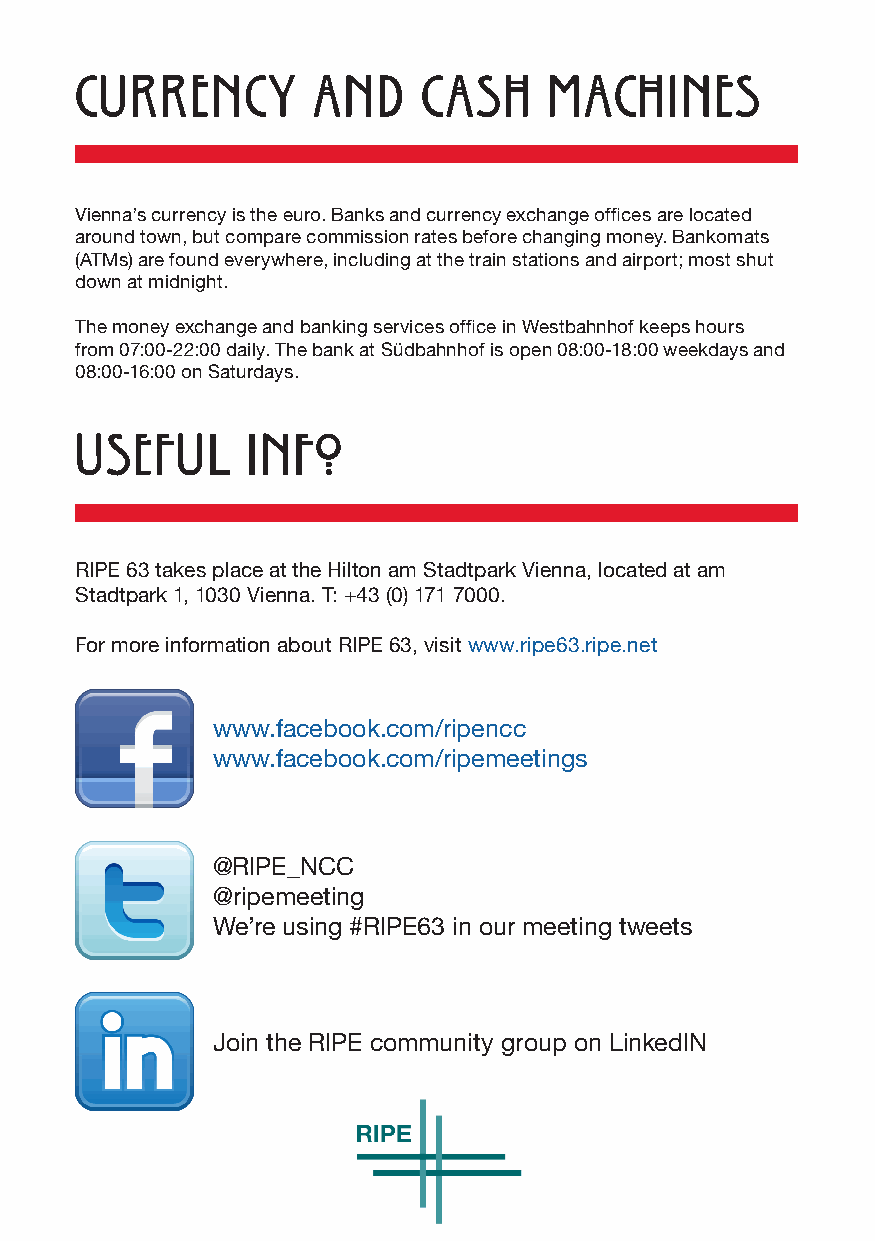
currency        and    cash    machines
 Vienna’s currency is the euro. Banks and currency exchange offices are located
 around town, but compare commission rates before changing money. Bankomats
 (ATMs) are found everywhere, including at the train stations and airport; most shut
 down at midnight.
 The money exchange and banking ser vices office in Westbahnhof keeps hours
 from 07:00-22:00 daily. The bank at Südbahnhof is open 08:00-18:00 weekdays and
 08:00-16:00 on Saturdays.
 Useful     info
 RIPE 63 takes place at the Hilton am Stadtpark Vienna, located at am
 Stadtpark 1, 1030 Vienna. T: +43 (0) 171 7000.
 For more information about RIPE 63, visit www.ripe63.ripe.net
 www.facebook.com/ripencc
 www.facebook.com/ripemeetings
 @RIPE_NCC
 @ripemeeting
 We’re using #RIPE63 in our meeting tweets
 Join the RIPE community group on LinkedIN